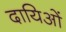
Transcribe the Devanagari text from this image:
दायिओं